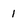
Character: 1